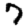
Digit: 7